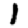
Digit: 1